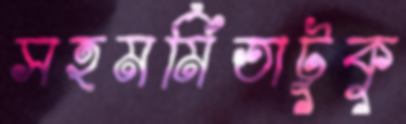
সহমর্মিতাটুকু